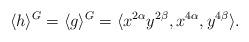
LaTeX: \begin{align*} \langle h \rangle^G = \langle g \rangle^G = \langle x^{2\alpha} y^{2\beta}, x^{4\alpha}, y^{4\beta} \rangle. \end{align*}